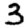
Digit: 3